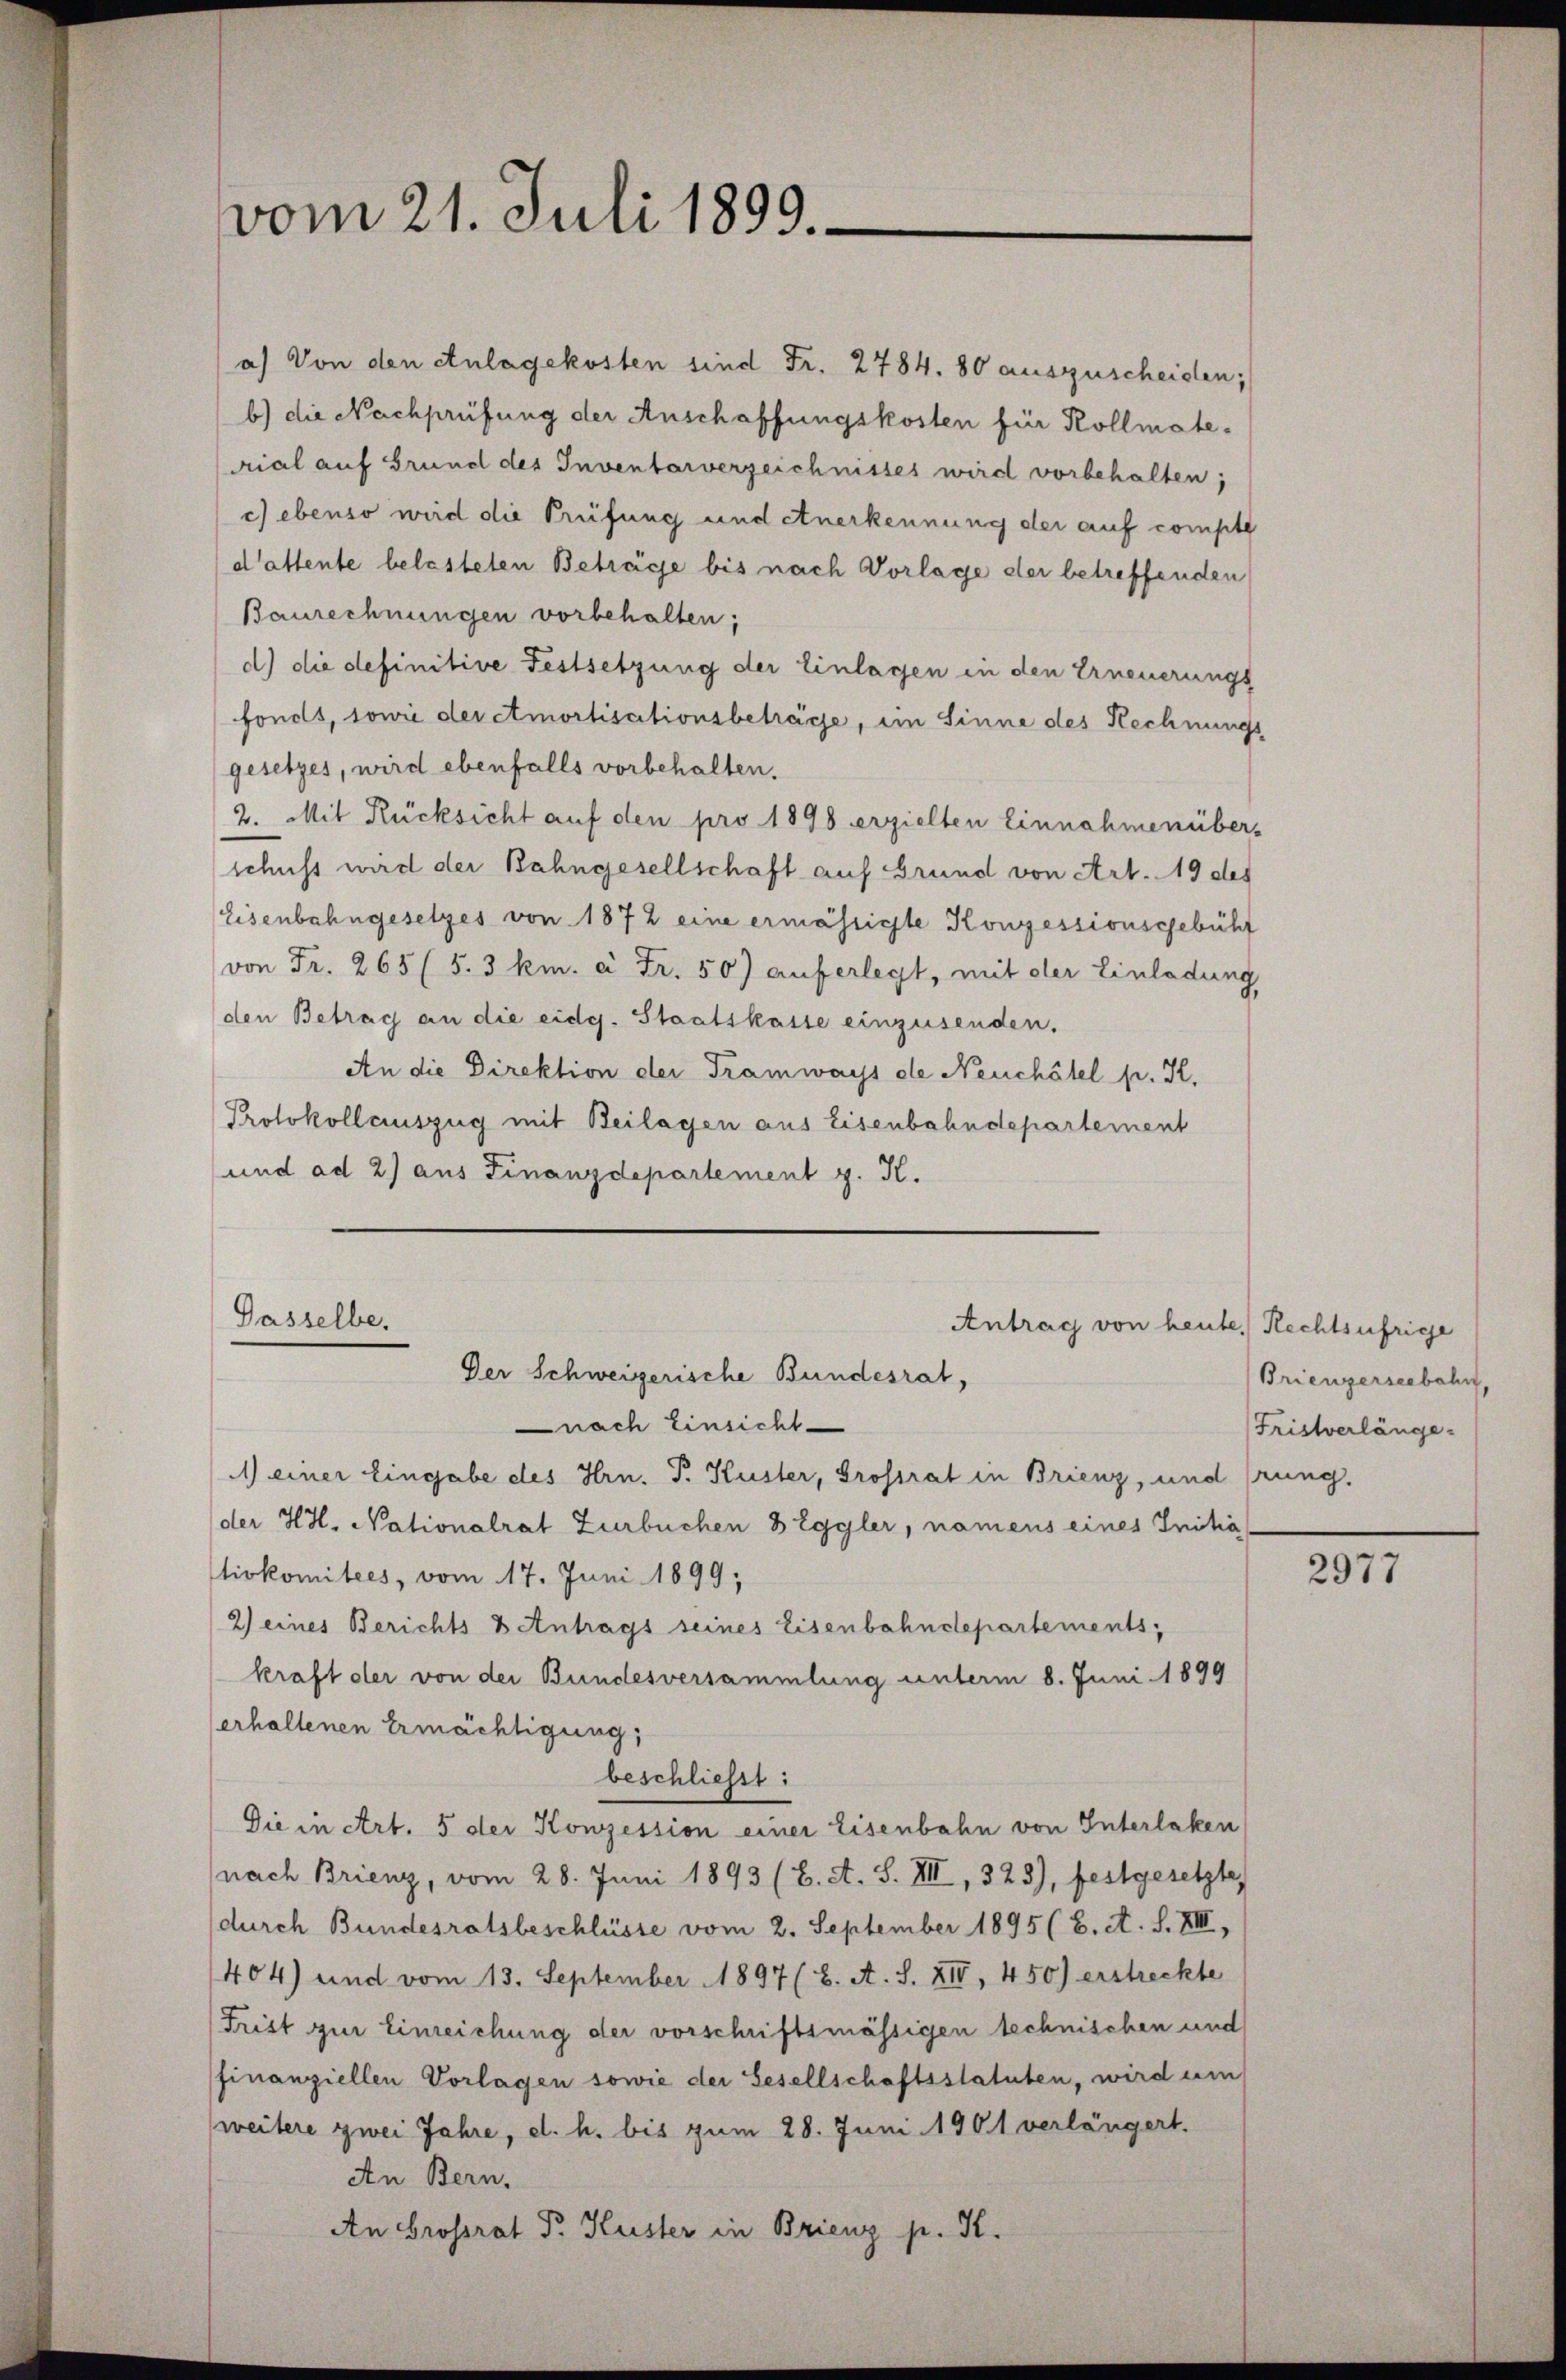
a) Von den Anlagekosten sind Fr. 2784. 80 auszuscheiden;
b) die Nachprüfung der Anschaffungskosten für Kollmaterial auf Grund des Inventarverzeichnisses wird vorbehalten;
c) ebenso wird die Prüfung und etuerkennung der auf compte
d’attente belasteten Beträge bis nach Vorlage der betreffenden
Baurechnungen vorbehalten;
d) die definitive Festsetzung der Einlagen in den Erneuerungs
fonds, sowie der etmortisationsbeträge, im Sinne des Rechnungs
gesetzes, wird ebenfalls vorbehalten.
2. Mit Rücksicht auf den pro 1898 erzielten Einnahmenüber-
schuss wird der Bahngesellschaft auf Grund von Art. 19 des
Eisenbahngesetzes von 1872 eine ermässigte Konzessionsgebühr
von Fr. 265 (5. 3 km. à Fr. 50) auferlegt, mit der Einladung
den Betrag an die eidg. Staatskasse einzusenden.
An die Direktion der Tramways de Neuchâtel p. K.
Protokollauszug mit Beilagen aus Eisenbahndepartement
und ad 2) aus Finanzdepartement z. K.

vom 21. Juli 1899.

Gasselbe,
Der Schweizerische Bundesrat,

nach Einsicht
1) einer Eingabe des Hrn. P. Kuster, Grossrat in Brienz, und frung.
der HH. Nationalrat Zurbuchen 8 Eggler, namens eines Initia
tivkomitees, vom 17. Juni 1899,
2) eines Berichts & Antrags seines Eisenbahndepartements,
kraft der von der Bundesversammlung unterm 8. Juni 1899
erhaltenen Ermächtigung,
beschliesst:
Die in Art. 5 der Konzession einer Eisenbahn von Interlaken
nach Brienz, vom 28. Juni 1893 (6. A. S. VII, 323), festgesetzte
durch Bundesratsbeschlüsse vom 2. September 1895 (B. A. S. XIII,
404) und vom 13. September 1897 (2. A. S. XII, 450) erstreckte
Frist zur Einreichung der vorschriftsmässigen technischen und
finanziellen Vorlagen sowie der Gesellschaftsstatuten, wird um
(weitere zwei Jahre, d. h. bis zum 28. Juni 1901 verlängert.
An Bern,
An Grossrat Dr. Kuster in Brienz p. K.

Antrag von heute Rechtsufrige

Brienzerseebahn,
Fristverlänge.

2977